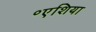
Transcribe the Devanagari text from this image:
॰एशिया